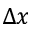
\Delta x